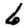
Digit: 6